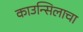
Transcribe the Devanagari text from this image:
काउन्सिलाचा